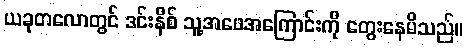
ယခုတလောတွင် ဒင်းနိစ် သူ့အဖေအကြောင်းကို တွေးနေမိသည်။